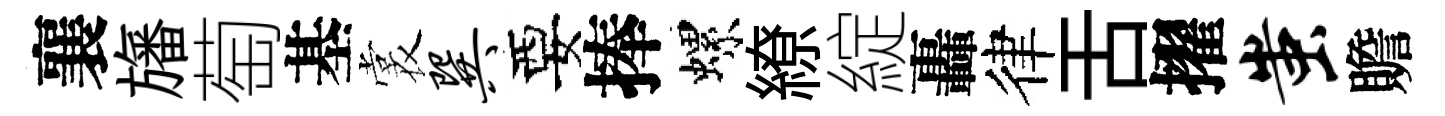
襄旛萄基裳巽要捧螺繚綻轟律舌擢蚩贍